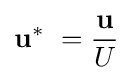
\mathbf {u} ^{*}\ ={\frac {\mathbf {u} }{U}}